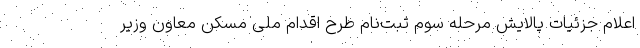
اعلام جزئیات پالایش مرحله سوم ثبت‌نام طرح اقدام ملی مسکن معاون وزیر